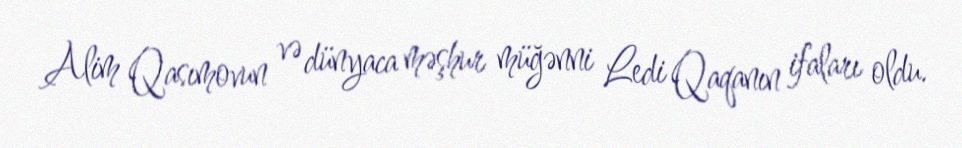
Alim Qasımovun və dünyaca məşhur müğənni Ledi Qaqanın ifaları oldu.